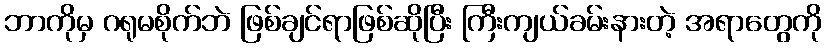
ဘာကိုမှ ဂရုမစိုက်ဘဲ ဖြစ်ချင်ရာဖြစ်ဆိုပြီး ကြီးကျယ်ခမ်းနားတဲ့ အရာတွေကို